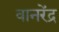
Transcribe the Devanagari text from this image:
वानरेंद्र